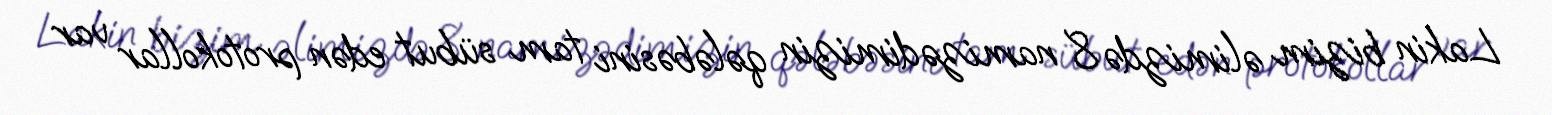
Lakin bizim əlimizdə 8 namizədimizin qələbəsini tam sübut edən protokollar var